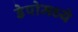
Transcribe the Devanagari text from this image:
डेपोमध्ये